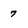
Character: 7